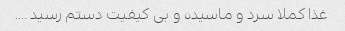
غذا کملا سرد و ماسیده و بی کیفیت دستم رسید ….